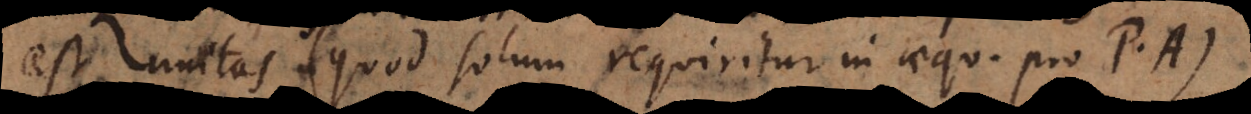
est unitas (quod solum requiritur in aequ. pro P. A.).